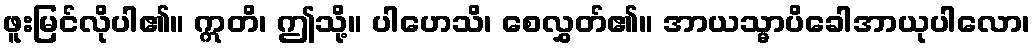
ဖူးမြင်လိုပါ၏။ ဣတိ၊ ဤသို့။ ပါဟေသိ၊ စေလွှတ်၏။ အာယသ္မာပိခေါအာယုပါလော၊